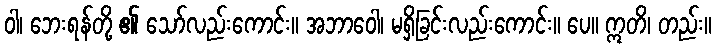
ဝါ၊ ဘေးရန်တို့ ၏ သော်လည်းကောင်း။ အဘာဝေါ၊ မရှိခြင်းလည်းကောင်း။ ပေ။ ဣတိ၊ တည်း။